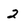
Character: 2